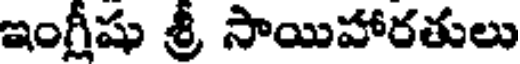
ఇంగ్లీషు శ్రీ సాయిహారతులు